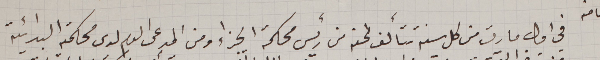
في اول مارت من كل سنه تتألف لجنه من رئيس محكمة الجزاء ومن المدعى العام لدى محكمة البدائية